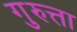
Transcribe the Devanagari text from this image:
गुरुत्ता